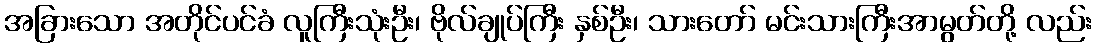
အခြားသော အတိုင်ပင်ခံ လူကြီးသုံးဦး၊ ဗိုလ်ချုပ်ကြီး နှစ်ဦး၊ သားတော် မင်းသားကြီးအာမွတ်တို့ လည်း